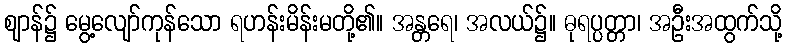
ဈာန်၌ မွေ့လျော်ကုန်သော ရဟန်းမိန်းမတို့၏။ အန္တရေ၊ အလယ်၌။ ဓုရပ္ပတ္တာ၊ အဦးအထွက်သို့